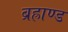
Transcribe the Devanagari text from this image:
ब्रह्राण्ड